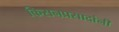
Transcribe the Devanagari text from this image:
किसनप्रसादांनी